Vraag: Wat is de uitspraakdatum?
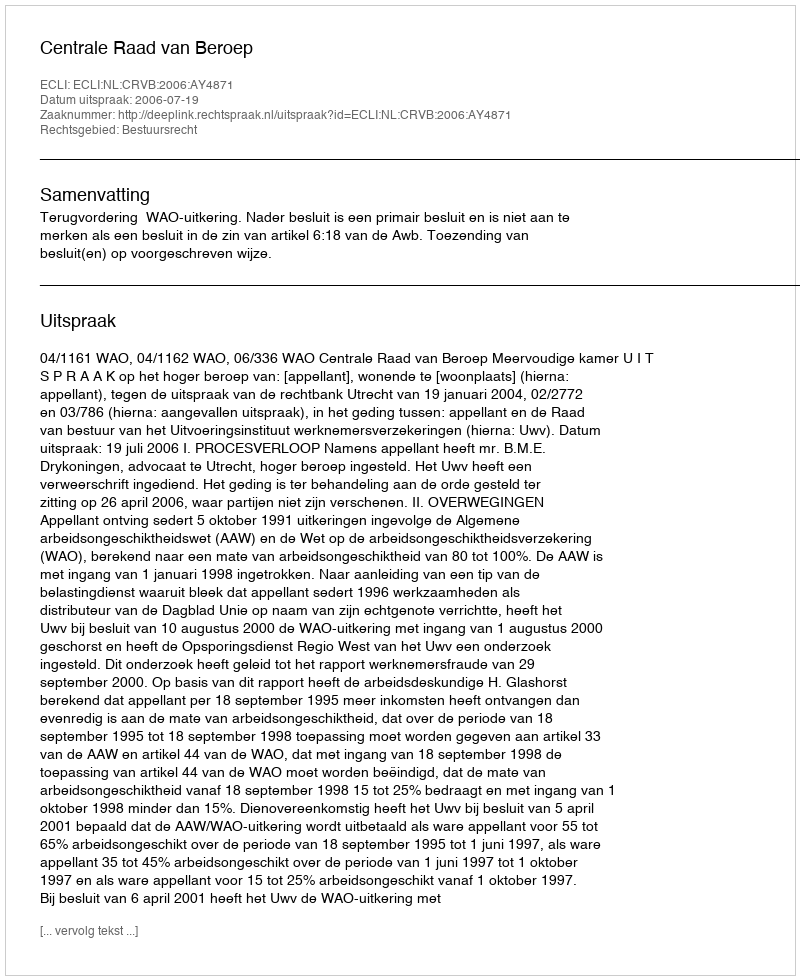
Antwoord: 2006-07-19